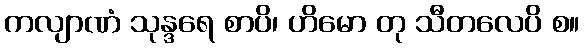
ကလျာဏံ သုန္ဒရေ စာပိ၊ ဟိမော တု သီတလေပိ စ။